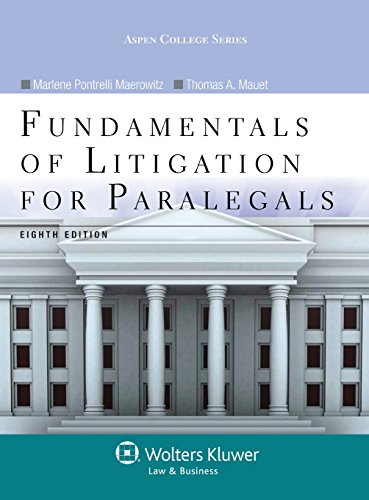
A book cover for Fundamentals of Litigation for Paralegals, Eighth Edition (Aspen College); Marlene A. Maerowitz; Law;